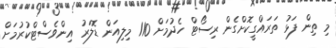
މި ތިން ފަޅު ތަރައްގީކޮށްގެން ރިސޯޓް ހެދުމަށް 110 މިލިއަން ޑޮލަރު އިންވެސްޓްކުރުމަށް